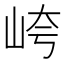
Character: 𱛡